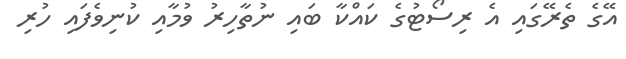
އޭގެ ތެރޭގައި އެ ރިސޯޓުގެ ކައްކާ ބައި ނުތާހިރު ވުމާއި ކުނިވެފައި ހުރި